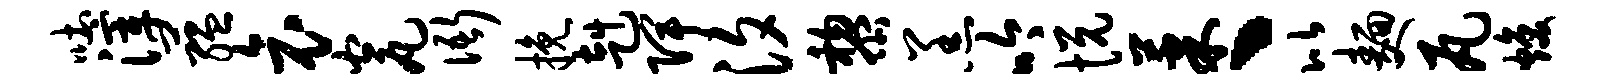
吐滓蕴哀瓮衙挽赳陴汐黎羔吟悦果丶比面瓦焕